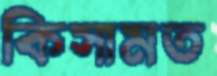
কিসামত